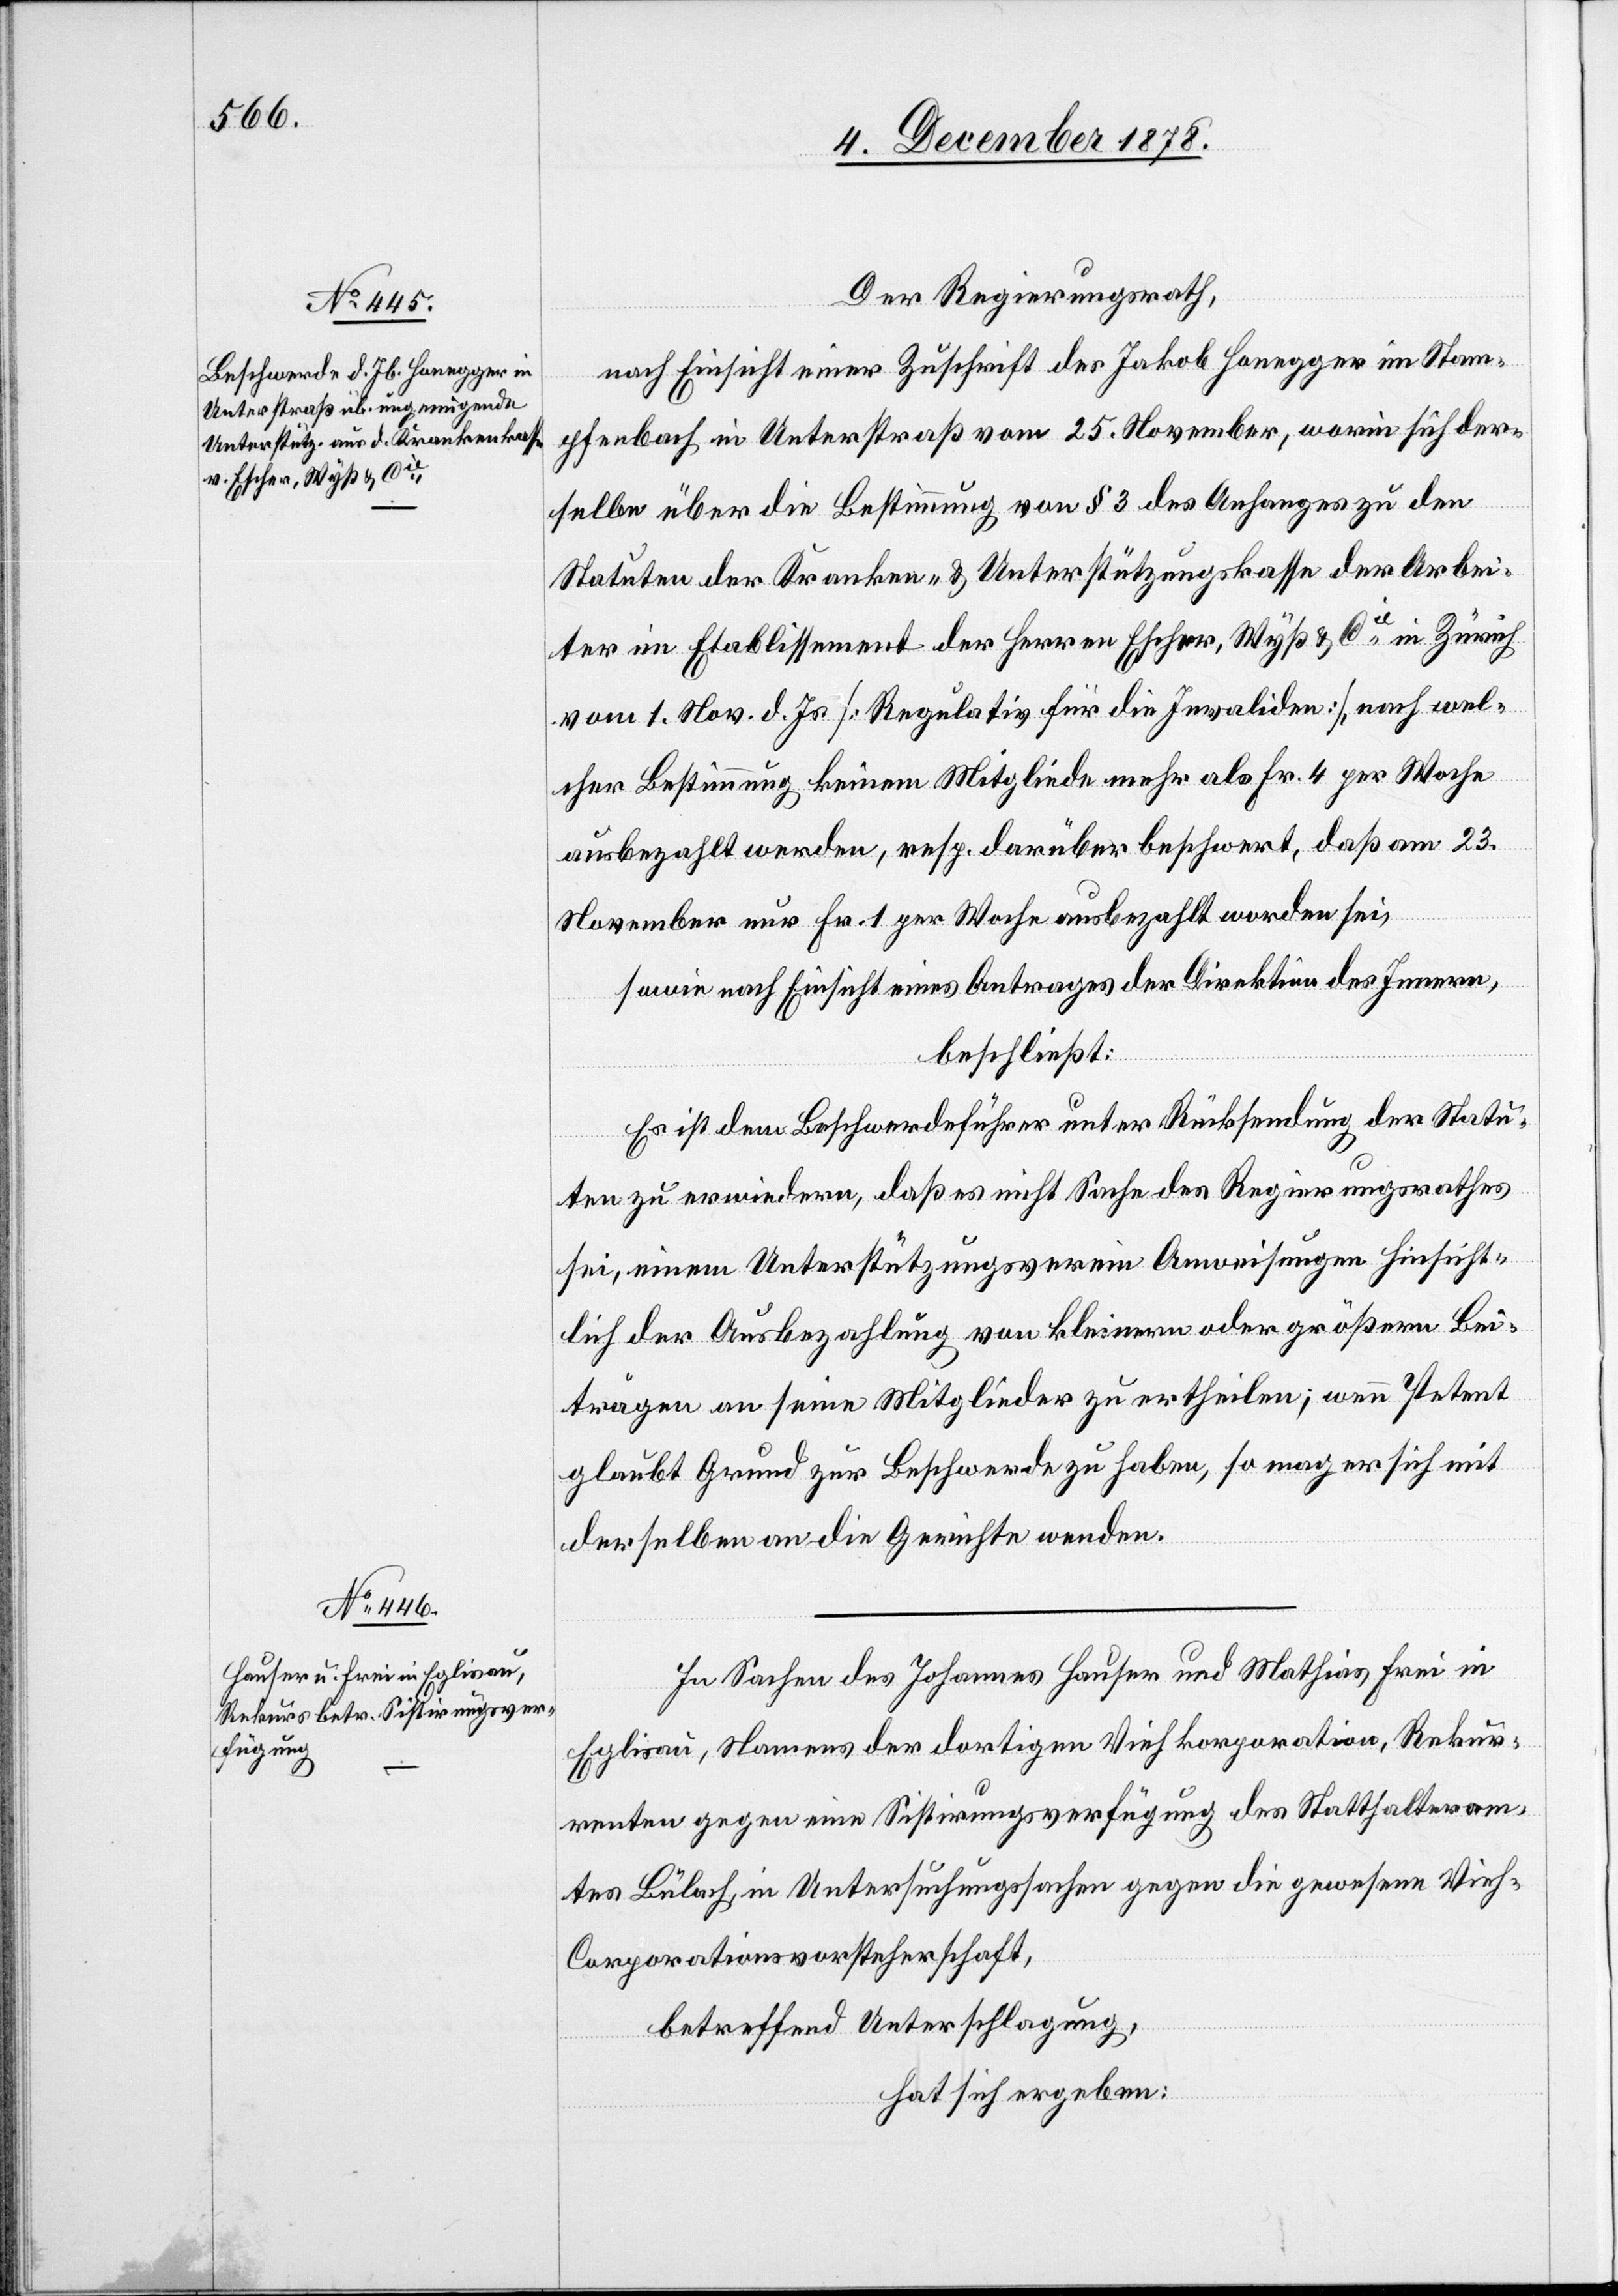
Der Regierungsrath,
nach Einsicht einer Zuschrift des Jakob Honegger in Stam¬
pfenbach in Unterstraß vom 25. November, worin sich der¬
selbe über die Bestimmung von § 3 des Anhanges zu den
Statuten der Kranken- & Unterstützungskasse der Arbei¬
ter im Etablissement der Herren Escher, Wyß & Cie in Zürich
vom 1. Nov. d. Js. [Regulativ für die Invaliden], nach wel¬
cher Bestimmung keinem Mitgliede mehr als Fr. 4 per Woche
ausbezahlt werden, resp. darüber beschwert, daß am 23.
November nur Fr. 1 per Woche ausbezahlt worden sei,
sowie nach Einsicht eines Antrages der Direktion des Innern,
beschließt:
Es ist dem Beschwerdeführer unter Rücksendung der Statu¬
ten zu erwiedern, daß es nicht Sache des Regierungsrathes
sei, einem Unterstützungsverein Anweisungen hinsicht¬
lich der Ausbezahlung von kleinern oder größern Bei¬
trägen an seine Mitglieder zu ertheilen; wenn Petent
glaubt Grund zur Beschwerde zu haben, so mag er sich mit
derselben an die Gerichte wenden.
In Sachen des Johannes Hauser und Mathias Frei in
Eglisau, Namens der dortigen Viehkorporation, Rekur¬
renten gegen eine Sistirungsverfügung des Statthalteram¬
tes Bülach, in Untersuchungssachen gegen die gewesene Vie¬
h-Coporationsvorsteherschaft,
betreffend Unterschlagung,
hat sich ergeben: